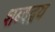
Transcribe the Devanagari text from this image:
शब्दद्वय